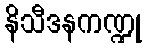
နိသီဒနကဏ္ဍု